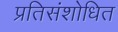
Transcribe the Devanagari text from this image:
प्रतिसंशोधित